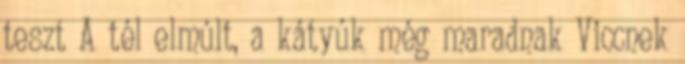
teszt A tél elmúlt, a kátyúk még maradnak Viccnek